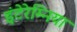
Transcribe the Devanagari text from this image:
इंटेरेम्निया